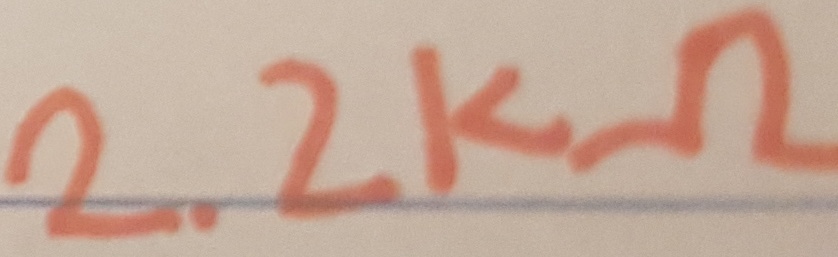
Text: 2.2KΩ